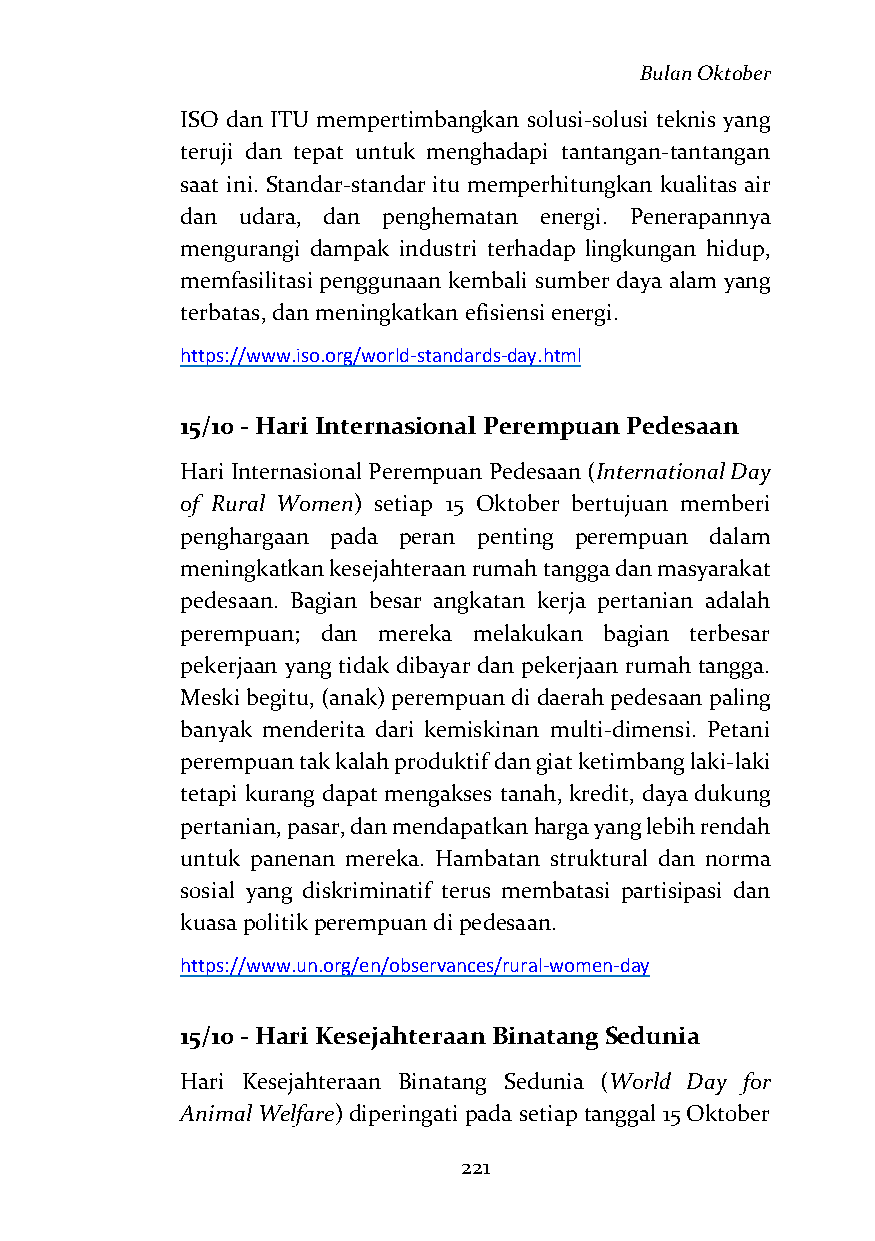
Bulan Oktober
 ISO dan ITU mempertimbangkan solusi-solusi teknis yang
 teruji dan tepat untuk menghadapi tantangan-tantangan
 saat ini. Standar-standar itu memperhitungkan kualitas air
 dan udara, dan penghematan energi. Penerapannya
 mengurangi dampak industri terhadap lingkungan hidup,
 memfasilitasi penggunaan kembali sumber daya alam yang
 terbatas, dan meningkatkan efisiensi energi.
 https://www.iso.org/world-standards-day.html
 15/10 - Hari Internasional Perempuan Pedesaan
 Hari Internasional Perempuan Pedesaan (International Day
 of Rural Women) setiap 15 Oktober bertujuan memberi
 penghargaan pada peran penting perempuan dalam
 meningkatkan kesejahteraan rumah tangga dan masyarakat
 pedesaan. Bagian besar angkatan kerja pertanian adalah
 perempuan; dan mereka melakukan bagian terbesar
 pekerjaan yang tidak dibayar dan pekerjaan rumah tangga.
 Meski begitu, (anak) perempuan di daerah pedesaan paling
 banyak menderita dari kemiskinan multi-dimensi. Petani
 perempuan tak kalah produktif dan giat ketimbang laki-laki
 tetapi kurang dapat mengakses tanah, kredit, daya dukung
 pertanian, pasar, dan mendapatkan harga yang lebih rendah
 untuk panenan mereka. Hambatan struktural dan norma
 sosial yang diskriminatif terus membatasi partisipasi dan
 kuasa politik perempuan di pedesaan.
 https://www.un.org/en/observances/rural-women-day
 15/10 - Hari Kesejahteraan Binatang Sedunia
 Hari Kesejahteraan Binatang Sedunia (World Day for
 Animal Welfare) diperingati pada setiap tanggal 15 Oktober
 221